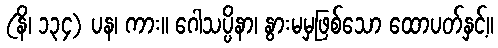
(နိ၊ ၁၃၄) ပန၊ ကား။ ဂေါသပ္ပိနာ၊ နွားမမှဖြစ်သော ထောပတ်နှင့်။